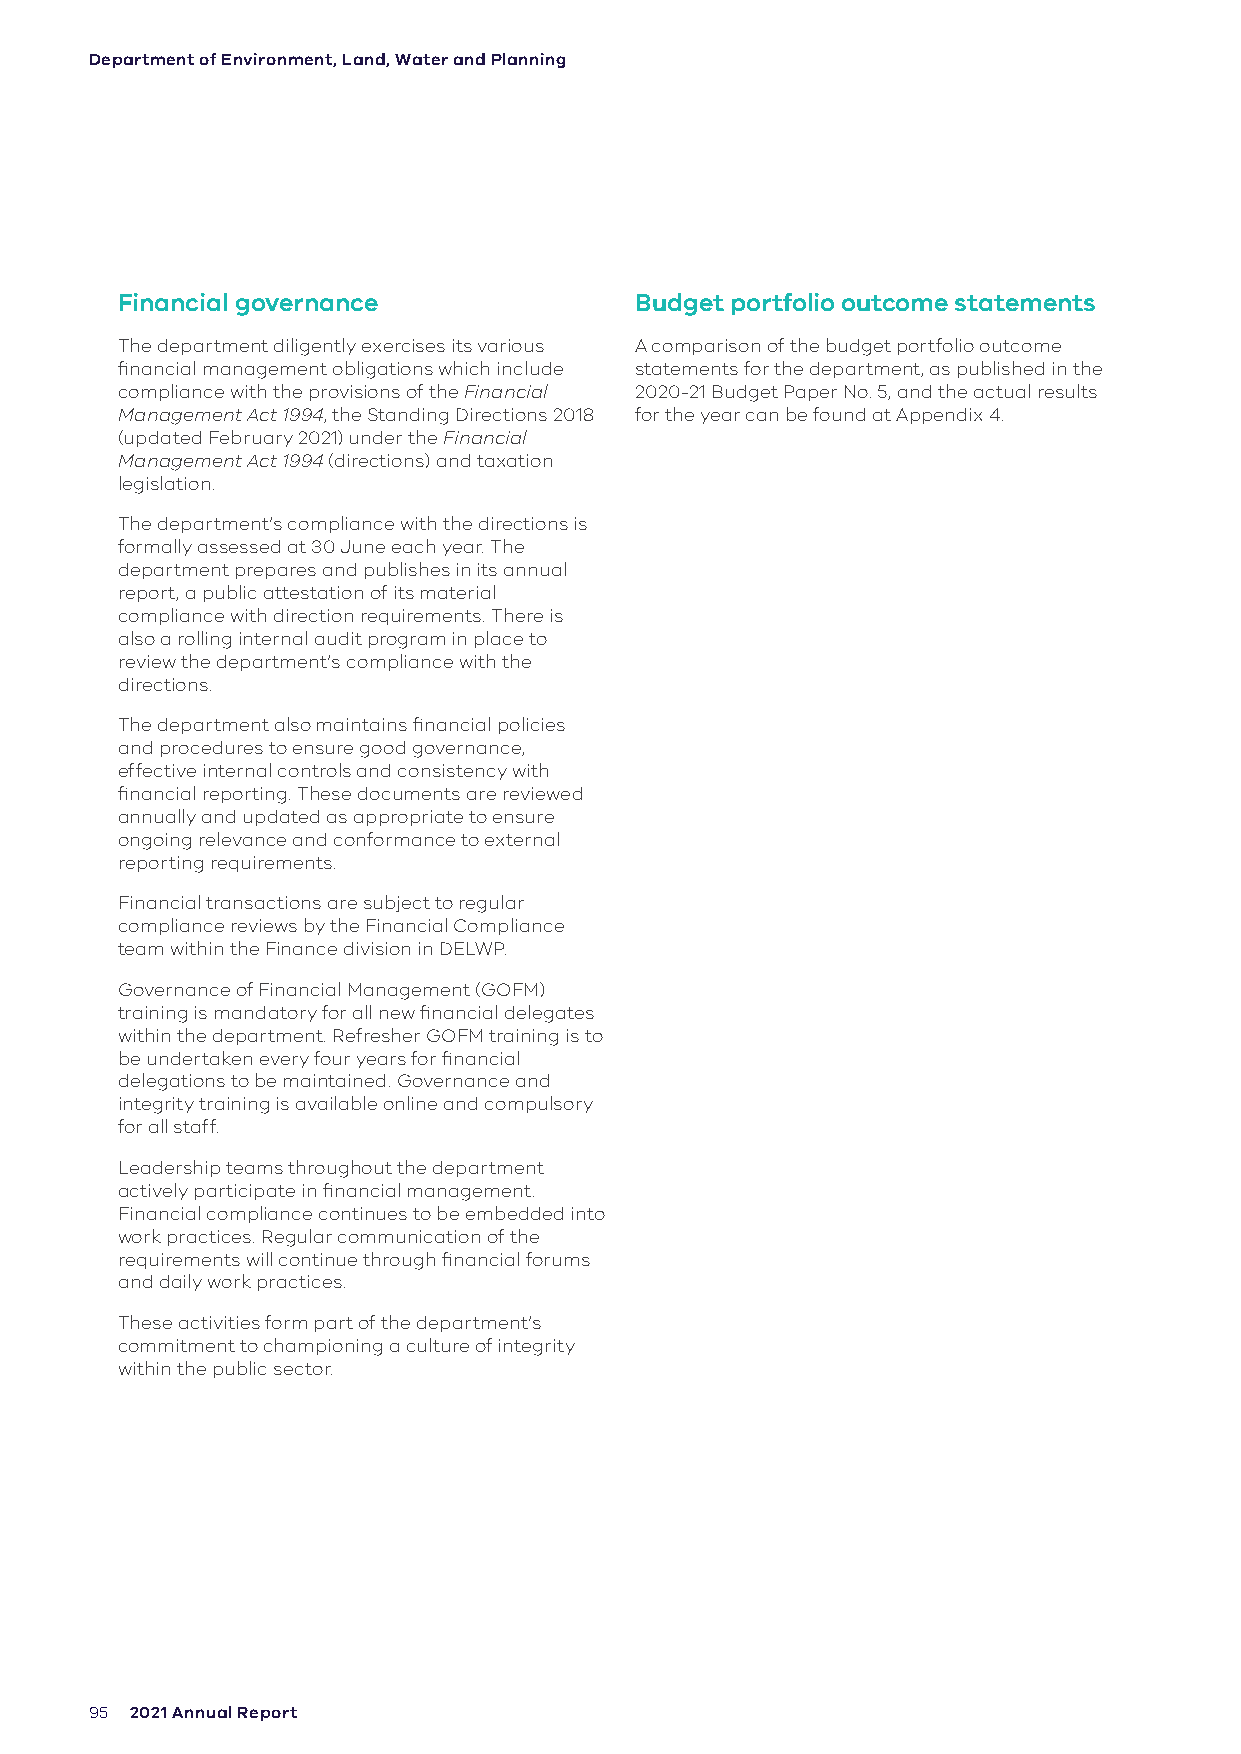
Department of Environment, Land, Water and Planning
 Financial governance              Budget portfolio outcome statements
 The department diligently exercises its various A comparison of the budget portfolio outcome
 financial management obligations which include statements for the department, as published in the
 compliance with the provisions of the Financial 2020-21 Budget Paper No. 5, and the actual results
 Management Act 1994, the Standing Directions 2018 for the year can be found at Appendix 4.
 (updated February 2021) under the Financial
 Management Act 1994 (directions) and taxation
 legislation.
 The department’s compliance with the directions is
 formally assessed at 30 June each year. The
 department prepares and publishes in its annual
 report, a public attestation of its material
 compliance with direction requirements. There is
 also a rolling internal audit program in place to
 review the department’s compliance with the
 directions.
 The department also maintains financial policies
 and procedures to ensure good governance,
 effective internal controls and consistency with
 financial reporting. These documents are reviewed
 annually and updated as appropriate to ensure
 ongoing relevance and conformance to external
 reporting requirements.
 Financial transactions are subject to regular
 compliance reviews by the Financial Compliance
 team within the Finance division in DELWP.
 Governance of Financial Management (GOFM)
 training is mandatory for all new financial delegates
 within the department. Refresher GOFM training is to
 be undertaken every four years for financial
 delegations to be maintained. Governance and
 integrity training is available online and compulsory
 for all staff.
 Leadership teams throughout the department
 actively participate in financial management.
 Financial compliance continues to be embedded into
 work practices. Regular communication of the
 requirements will continue through financial forums
 and daily work practices.
 These activities form part of the department’s
 commitment to championing a culture of integrity
 within the public sector.
 95 2021 Annual Report